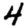
Digit: 4